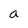
Character: a